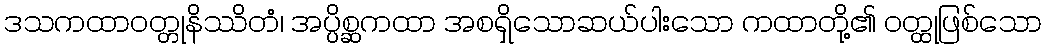
ဒသကထာဝတ္တုနိဿိတံ၊ အပ္ပိစ္ဆကထာ အစရှိသောဆယ်ပါးသော ကထာတို့၏ ဝတ္ထုဖြစ်သော